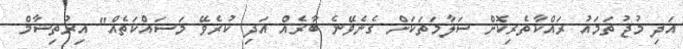
އަދި މުޖުތަމައު ރައްކާތެރިކޮށް ސަލާމަތަކަށް ގެނެވޭނެ ބާރެއް އަދި ކުރެވޭ މަސައްކަތެއް" އިރުތިޝާމް